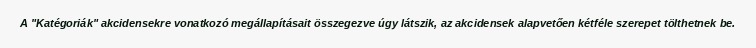
A "Katégoriák" akcidensekre vonatkozó megállapításait összegezve úgy látszik, az akcidensek alapvetően kétféle szerepet tölthetnek be.